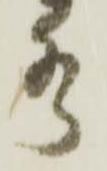
水